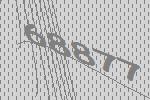
68877